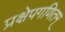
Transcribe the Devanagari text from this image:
प्रक्षेपगणितम्